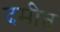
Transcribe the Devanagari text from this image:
दमीत